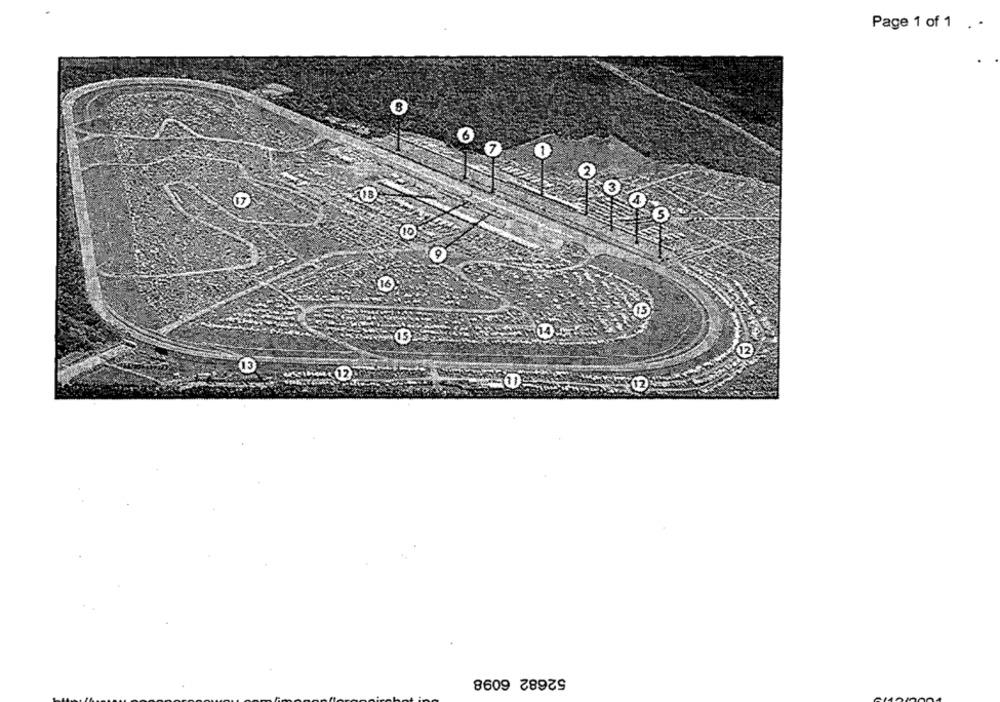
Page 1 of 1 . -
6
7
15
14
12
13
12
52682 6098